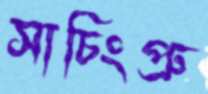
সাচিংপ্রু